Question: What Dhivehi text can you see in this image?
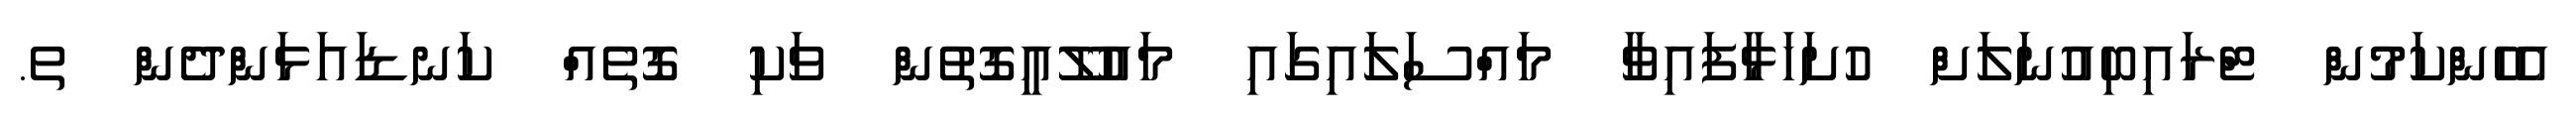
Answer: އެހެންކަމުން ޓްރައިބިއުނަލަށް ހުށަހަޅާފައިވާ މައްސަލައިގައި މައުލޫއީގޮތުން ވަކި ގޮތެއް ކަނޑައަޅަންދެން ތ.